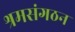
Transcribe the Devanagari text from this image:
श्रमसंगठन